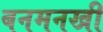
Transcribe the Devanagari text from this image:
बनमनखी